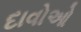
દાવોઓ